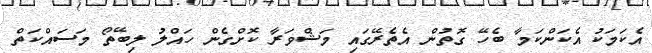
އެކަމަކު އެކަންކަމާ ބެހޭ ގޮތުން އެތެރޭގައި މަޝްވަރާ ކޮށްގެން ހައްލު ލިބޭތޯ މަސައްކަތް